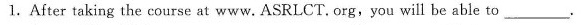
l.After taking the course at www. ASRLCT. Org,you will be able to___